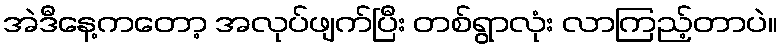
အဲဒီနေ့ကတော့ အလုပ်ဖျက်ပြီး တစ်ရွာလုံး လာကြည့်တာပဲ။